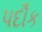
પદૌક